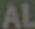
AL